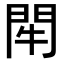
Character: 𨳯